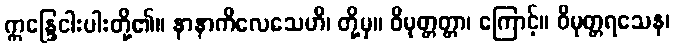
ဣန္ဒြေငါးပါးတို့၏။ နာနာကိလေသေဟိ၊ တို့မှ။ ဝိမုတ္တတ္တာ၊ ကြောင့်။ ဝိမုတ္တရသေန၊